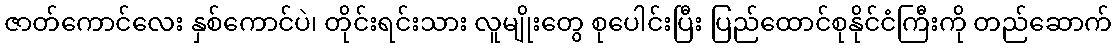
ဇာတ်ကောင်လေး နှစ်ကောင်ပဲ၊ တိုင်းရင်းသား လူမျိုးတွေ စုပေါင်းပြီး ပြည်ထောင်စုနိုင်ငံကြီးကို တည်ဆောက်